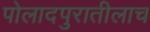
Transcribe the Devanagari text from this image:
पोलादपुरातीलाच